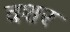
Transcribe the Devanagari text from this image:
वशर